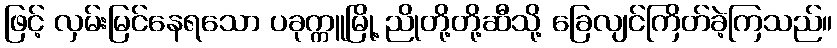
ဖြင့် လှမ်းမြင်နေရသော ပခုက္ကူမြို့ ညိုတို့တို့ဆီသို့ ခြေလျင်ကြိတ်ခဲ့ကြသည်။